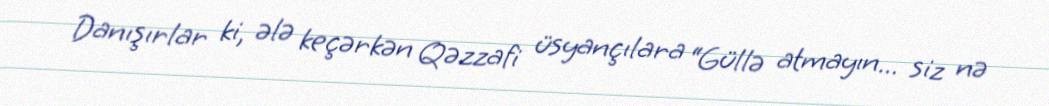
Danışırlar ki, ələ keçərkən Qəzzafi üsyançılara “Güllə atmayın... siz nə